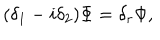
( \delta _ { 1 } - i \delta _ { 2 } ) \Phi = \delta _ { r } \Phi ,